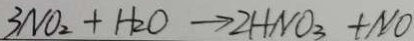
3 N O _ { 2 } + H _ { 2 } O \rightarrow 2 H N O _ { 3 } + N O